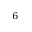
^ 6